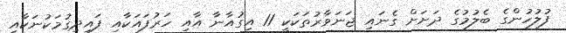
ފުލުހުންގެ ބެލުމުގެ ދަށަށް ގެނައި ޖަނަވާރުތަކަކީ 11 އިގުއާނާ އާއި ހަރުފައަކާއި ފައިދިގުމަކުނަކާއި